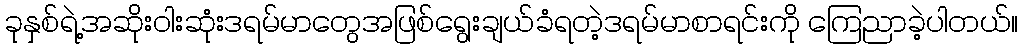
ခုနှစ်ရဲ့အဆိုးဝါးဆုံးဒရမ်မာတွေအဖြစ်ရွေးချယ်ခံရတဲ့ဒရမ်မာစာရင်းကို ကြေညာခဲ့ပါတယ်။